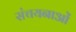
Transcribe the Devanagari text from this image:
संचयनाओं